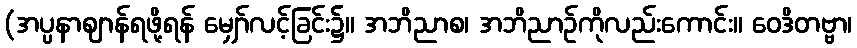
(အပ္ပနာဈာန်ရဖို့ရန် မျှော်လင့်ခြင်း၌။ အဘိညာစ၊ အဘိညာဉ်ကိုလည်းကောင်း။ ဝေဒိတဗ္ဗာ၊